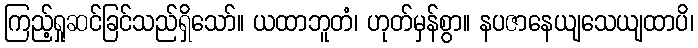
ကြည့်ရှုဆင်ခြင်သည်ရှိသော်။ ယထာဘူတံ၊ ဟုတ်မှန်စွာ။ နပဇာနေယျသေယျထာပိ၊